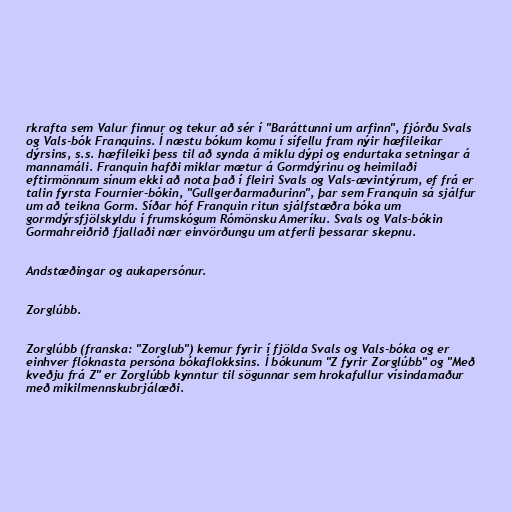
rkrafta sem Valur finnur og tekur að sér í "Baráttunni um arfinn", fjórðu Svals
og Vals-bók Franquins. Í næstu bókum komu í sífellu fram nýir hæfileikar
dýrsins, s.s. hæfileiki þess til að synda á miklu dýpi og endurtaka setningar á
mannamáli. Franquin hafði miklar mætur á Gormdýrinu og heimilaði
eftirmönnum sínum ekki að nota það í fleiri Svals og Vals-ævintýrum, ef frá er
talin fyrsta Fournier-bókin, "Gullgerðarmaðurinn", þar sem Franquin sá sjálfur
um að teikna Gorm. Síðar hóf Franquin ritun sjálfstæðra bóka um
gormdýrsfjölskyldu í frumskógum Rómönsku Ameríku. Svals og Vals-bókin
Gormahreiðrið fjallaði nær einvörðungu um atferli þessarar skepnu.

Andstæðingar og aukapersónur.

Zorglúbb.

Zorglúbb (franska: "Zorglub") kemur fyrir í fjölda Svals og Vals-bóka og er
einhver flóknasta persóna bókaflokksins. Í bókunum "Z fyrir Zorglúbb" og "Með
kveðju frá Z" er Zorglúbb kynntur til sögunnar sem hrokafullur vísindamaður
með mikilmennskubrjálæði.